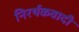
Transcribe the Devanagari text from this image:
निरर्थकवादी